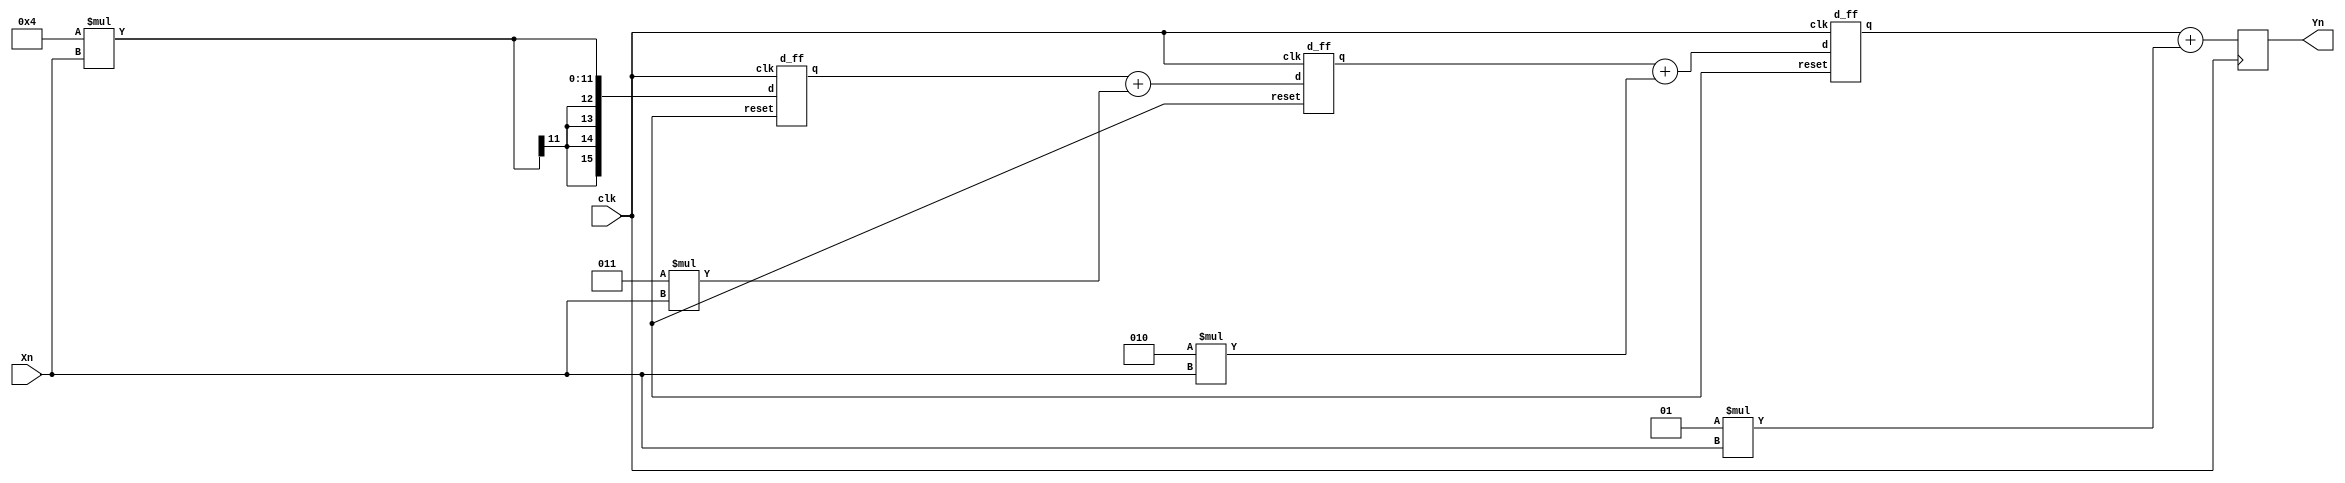
`timescale 1ns / 1ps
//////////////////////////////////////////////////////////////////////////////////
// Company: 
// Engineer: 
// 
// Design Name: 
// Module Name:    FIR 
// Project Name: 
// Target Devices: 
// Tool versions: 
// Description: 
//
// Dependencies: 
//
// Revision: 
// Revision 0.01 - File Created
// Additional Comments: 
//
//////////////////////////////////////////////////////////////////////////////////
module FIR(
     input clk,
        input signed [7:0] Xn,
        output reg signed [15:0] Yn
		   
        );
     wire signed   [7:0] h0,h1,h2,h3;
 //impulse response
    assign h0 = 1;
    assign h1 = 2;
    assign h2 = 3;
    assign h3 = 4;


//multiplier
    wire signed   [15:0] M0,M1,M2,M3;
	 //adder
	 wire signed [15:0] adder1,adder2,adder3;
	 
    wire signed     [15:0] D1,D2,D3;
    



    assign M3 = h3*Xn;
    assign M2 = h2*Xn;
    assign M1 = h1*Xn;
    assign M0 = h0*Xn;

    assign adder1 = D1 + M2;
    assign adder2 = D2 + M1;
    assign adder3 = D3 + M0;    

//delay
   d_ff dff1 (.clk(clk),.reset(),.d(M3),.q(D1));
   d_ff dff2 (.clk(clk),.reset(),.d(adder1),.q(D2));
   d_ff dff3 (.clk(clk),.reset(),.d(adder2),.q(D3));

//output
    always@ (posedge clk)
        Yn <= adder3;

endmodule



module d_ff(
input reset,clk,
 input [15:0] d,
output [15:0] qb,
 output reg [15:0] q);
always@(posedge clk)
begin  
   if(reset)
       q=0;
    else
       q=d;
end
assign qb=~(q);

endmodule